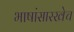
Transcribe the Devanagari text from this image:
भाषांसारखेच